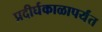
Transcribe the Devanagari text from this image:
प्रदीर्घकाळापर्यंत